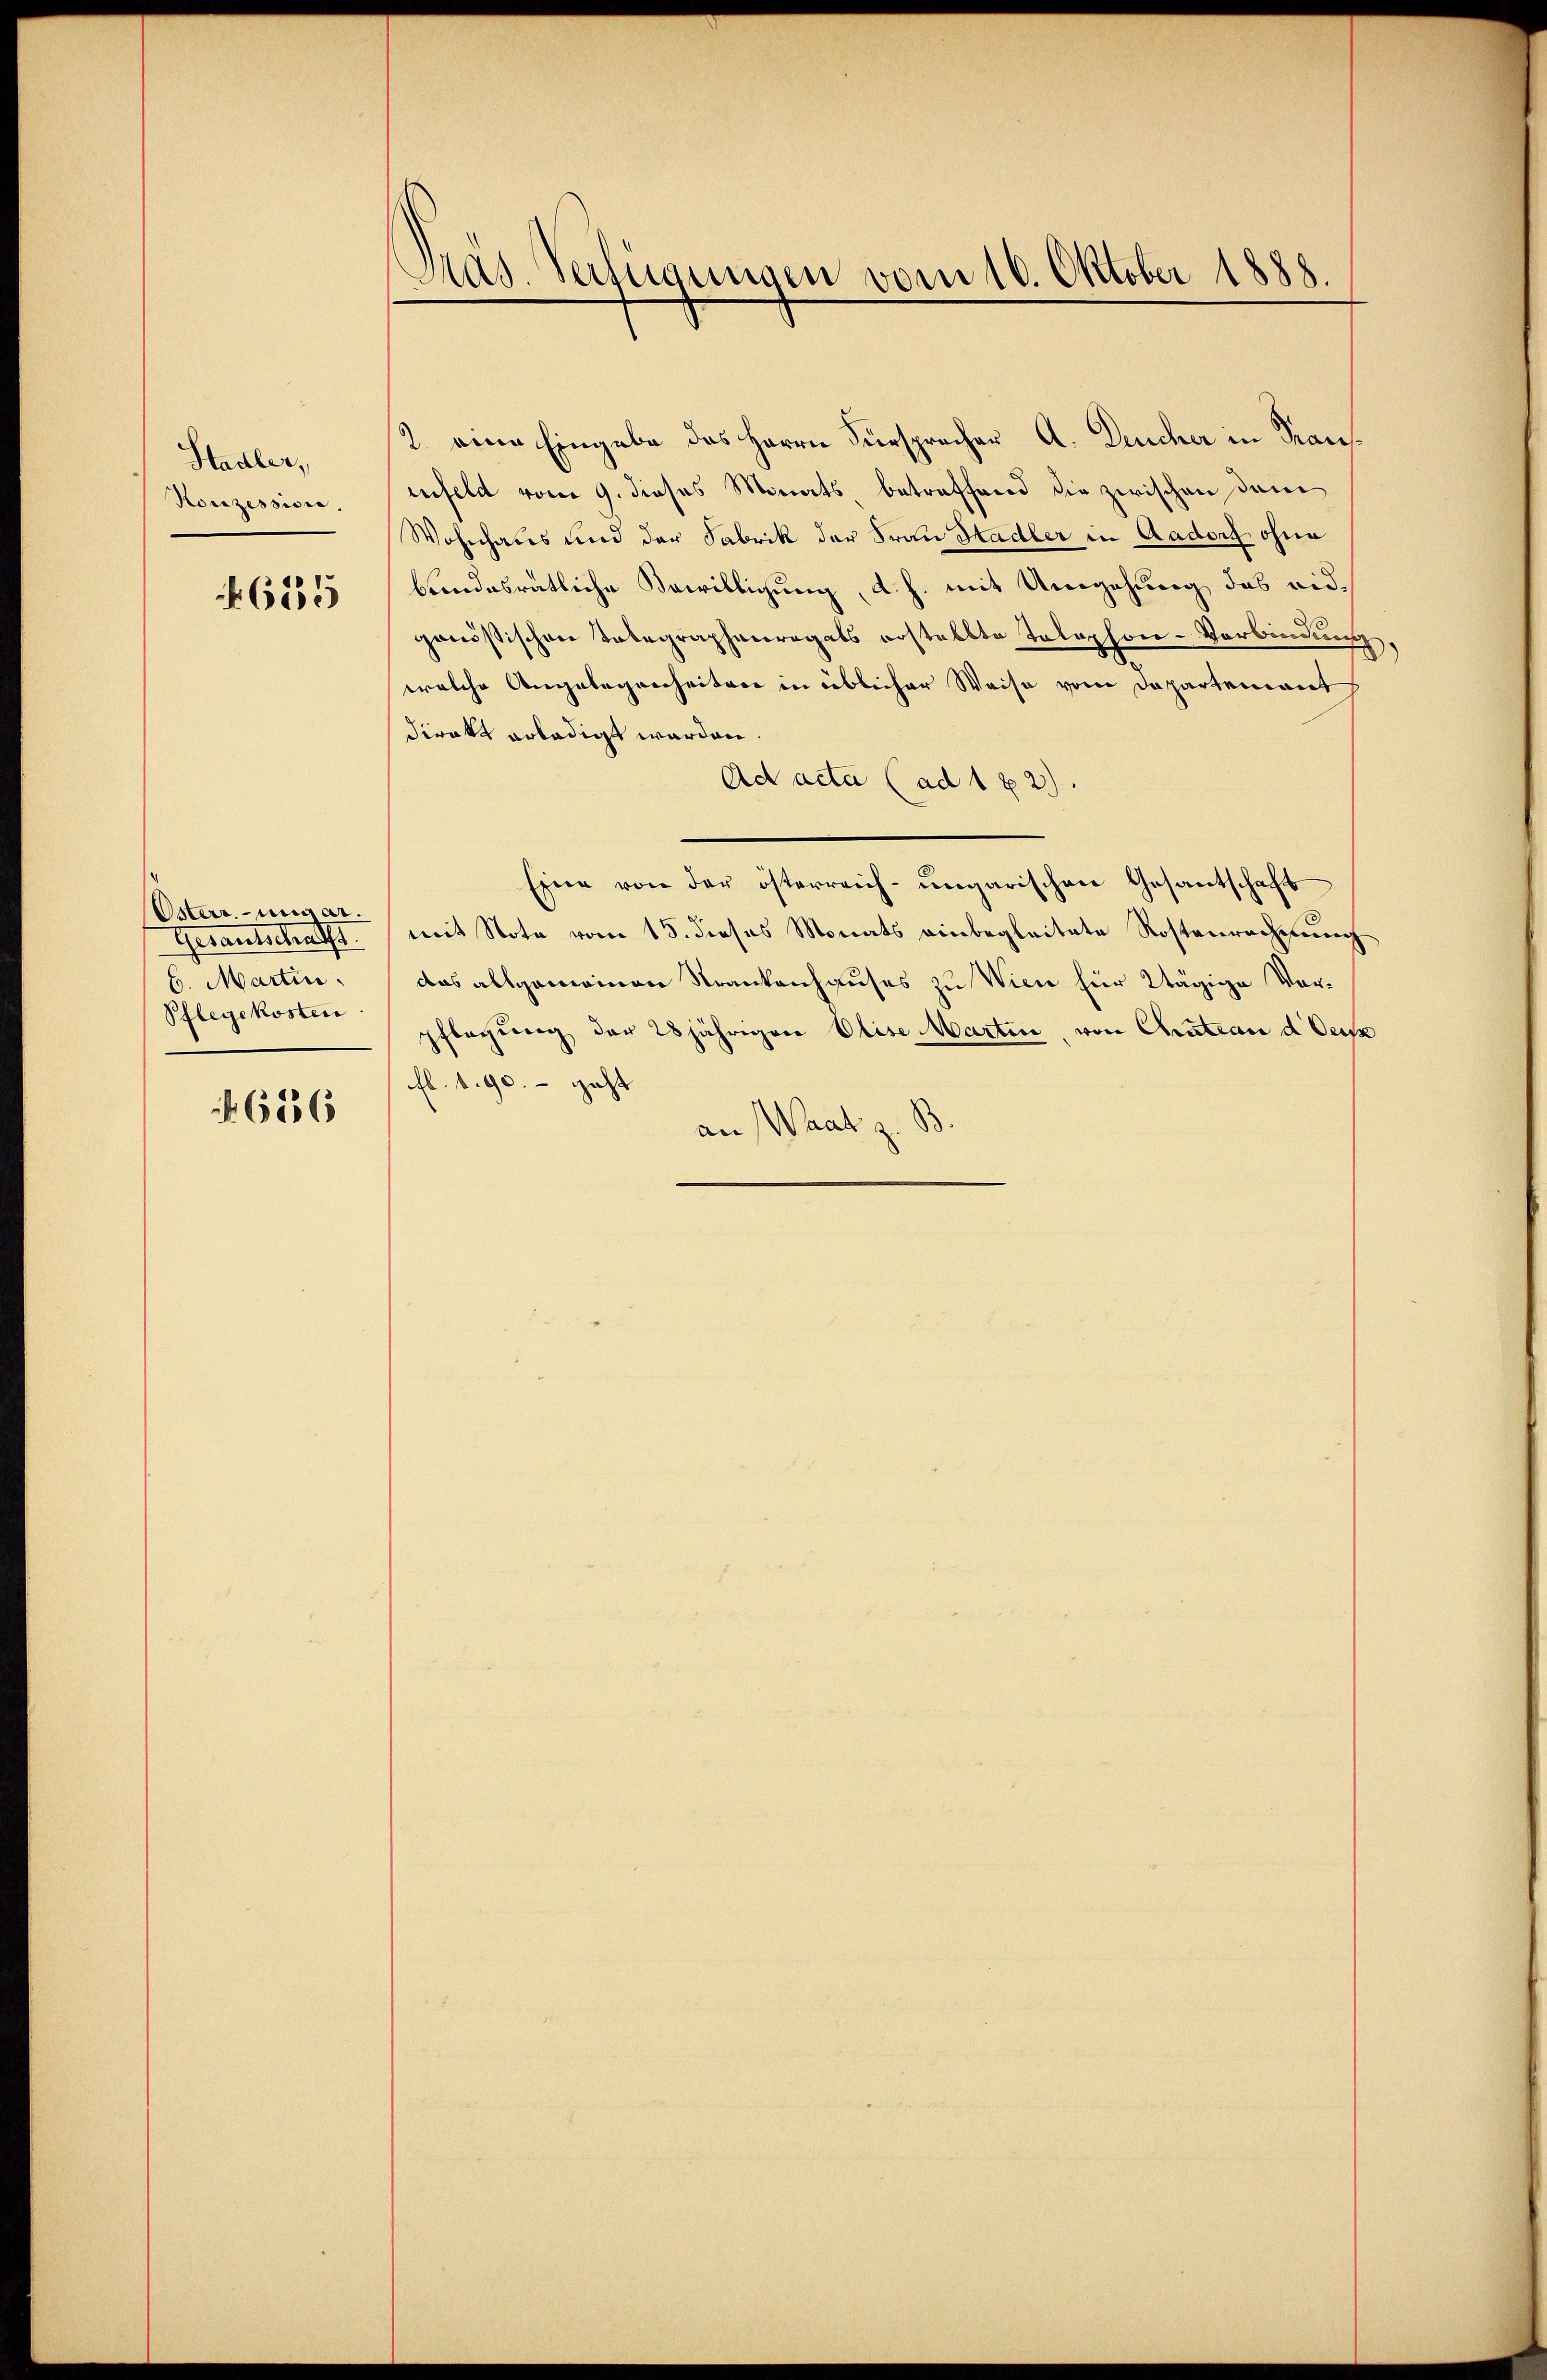
Stadler,
Konzessione.

685

Osterr.-ungar.
Gesantschafft.
6. Martin.
Pflegekosten

N. 686

c
Präs. Verfügungen vom 16. Oktober 1888.

2. eine Eingabe des Herrn Fürsprecher A. Deucher in Kraninfeld vom 9. dieses Monats, betreffend die zwischen dem
Wohnhaus und der Fabrik der Frau Stadler in Aadorf ohne
bandesrätliche Bewilligung, d. h. mit Umgehung das eidgenößischen Telegrapherregals erstellte Telephon-Verbindung
welche Angelegenheitere in üblicher Weise vom Departement
direkt erledigt werden.
Ad acta (ad 182)
Eine von der österreich-ungarischen Gesantschaft
mit Note vom 15. dieses Monats einbegleitete Rostenrechnung
das allgemeinen Strankenhauses zu Wien für tägige Vorpflegung der 28jährigen Elise Martin, von Chateau d. Deck
fl. 1. 90. - geht |
an (Waat z. B